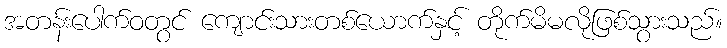
အတန်းပေါက်ဝတွင် ကျောင်းသားတစ်ယောက်နှင့် တိုက်မိမလိုဖြစ်သွားသည်။